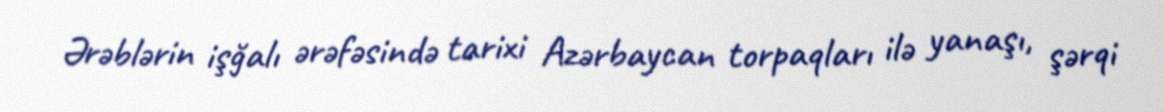
Ərəblərin işğalı ərəfəsində tarixi Azərbaycan torpaqları ilə yanaşı, şərqi